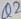
Text: Q2